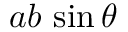
a b \, \sin \theta